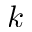
k